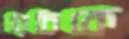
রিচিকে